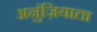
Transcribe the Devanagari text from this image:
अनुंज़ियाता